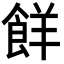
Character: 䬺